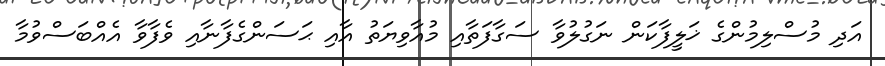
އަދި މުސްލިމުންގެ ޚަލީފާކަން ނަގުލުވާ ސަގާފަތާއި މުއާވިޔަތު އާއި ޙަސަންގެފާނާއި ވެފާވާ އެއްބަސްވުމާ